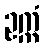
ဥက္ကံ